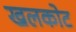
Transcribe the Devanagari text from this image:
खलकोट